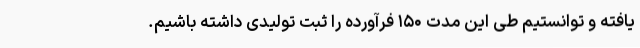
یافته و توانستیم طی این مدت ۱۵۰ فرآورده را ثبت تولیدی داشته باشیم.